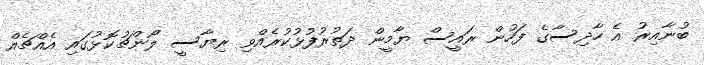
ބުނާއިރު އެ ހާދިސާގެ ފަހުން ރައީސް ޔާމީން ދަތުރުފުޅުކުރެއްވި ރިޔާސީ ލޯންޗުކޮޅުގައި އެއްޗެއް